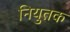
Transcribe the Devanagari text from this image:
नियुतक